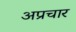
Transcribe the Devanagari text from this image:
अप्रचार